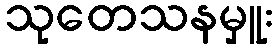
သုတေသနမှူး